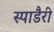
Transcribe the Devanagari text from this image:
स्पाडैरी